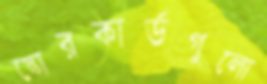
স্কোরকার্ডগুলো